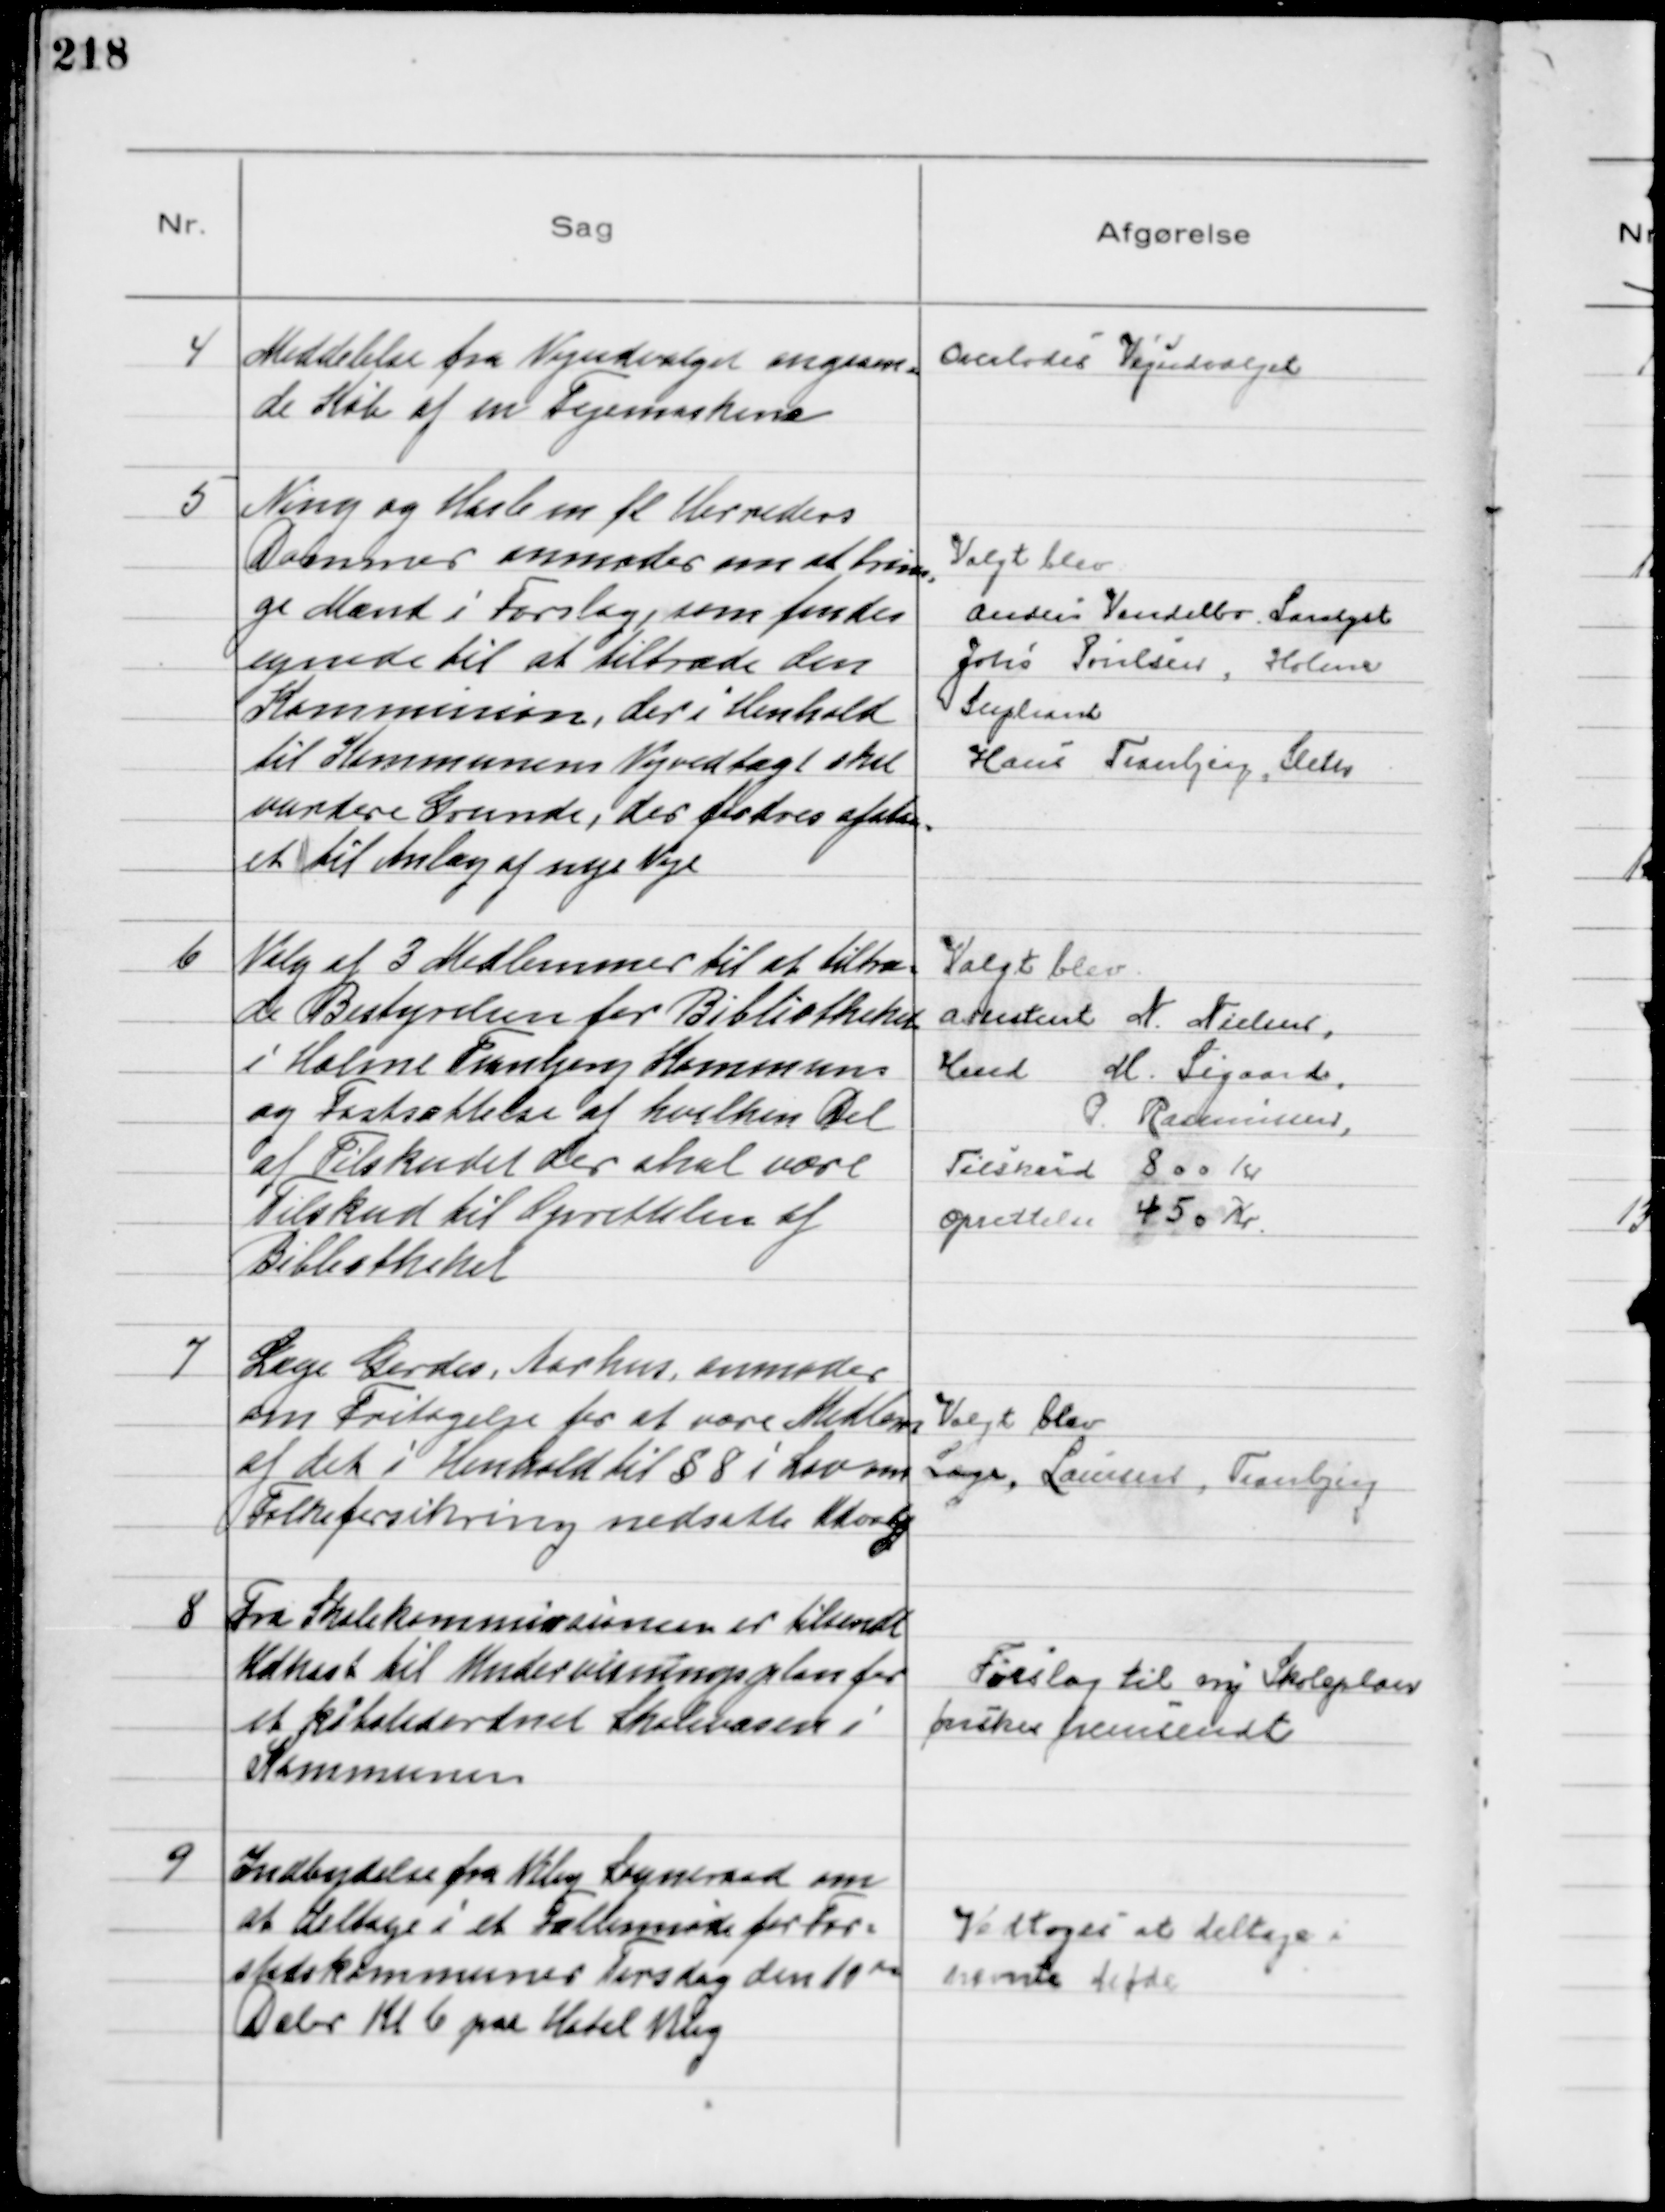
Transskription:
4
Meddelelse fra Vejudvalget angaaen-
de Køb af en Fejemaskine

Overlodes Vejudvalget

5
Ning og Hasle m fl Herreders
Dommer anmoder om at brin-
ge Mænd i Forslag, som findes
egnede til at tiltræde den
Kommission, der i Henhold
til Kommunens Vejvedtægt skal
vurdere Grunde, der fordres afstaa-
et til Anlæg af nye Veje

Valgt blev
Anders Vendelbo, Saralyst
Johs Poulsen, Holme
Supleant
Hans Tranbjerg, Sleth

6
Valg af 3 Medlemmer til at tiltræ-
de Bestyrelsen for Bibliotheket
i Holme Tranbjerg Kommune
og Fastsættelse af hvilken Del
af Tilskudet der skal være
Tilskud til Oprettelsen af
Bibliotheket

Valgt blev
Assistent N. Nielsen.
Hmd M. Sigaard
P. Rasmussen
Tilskud 800 Kr
Oprettelse 450 Kr

7
Læge Gerdes, Aarhus anmoder
om Fritagelse for at være Medlem
af det i Henhold til § 8 i Lov om
Folkeforsikring nedsatte Udvalg

Valgt blev
Læge Laursen, Tranbjerg

8
Fra Skolekommissionen er tilsendt
Udkast til Undervisningsplan for
et købstadordnet Skolevæsen i
Kommunen

Forslag til ny Skoleplan
ønskes fremsendt

9
Indbydelse fra Viby sogneraad om
at deltage i et Fællesmøde for For-
stadskommuner Tirsdag den 10 de
Debr Kl 6 paa Hotel Viby

Vedtoges at deltage i
nævnte Møde